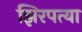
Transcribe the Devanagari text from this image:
झिरपत्या